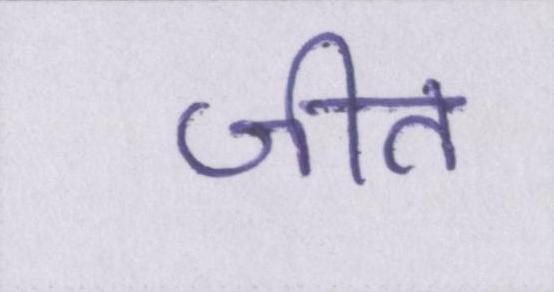
जीत